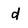
Character: d